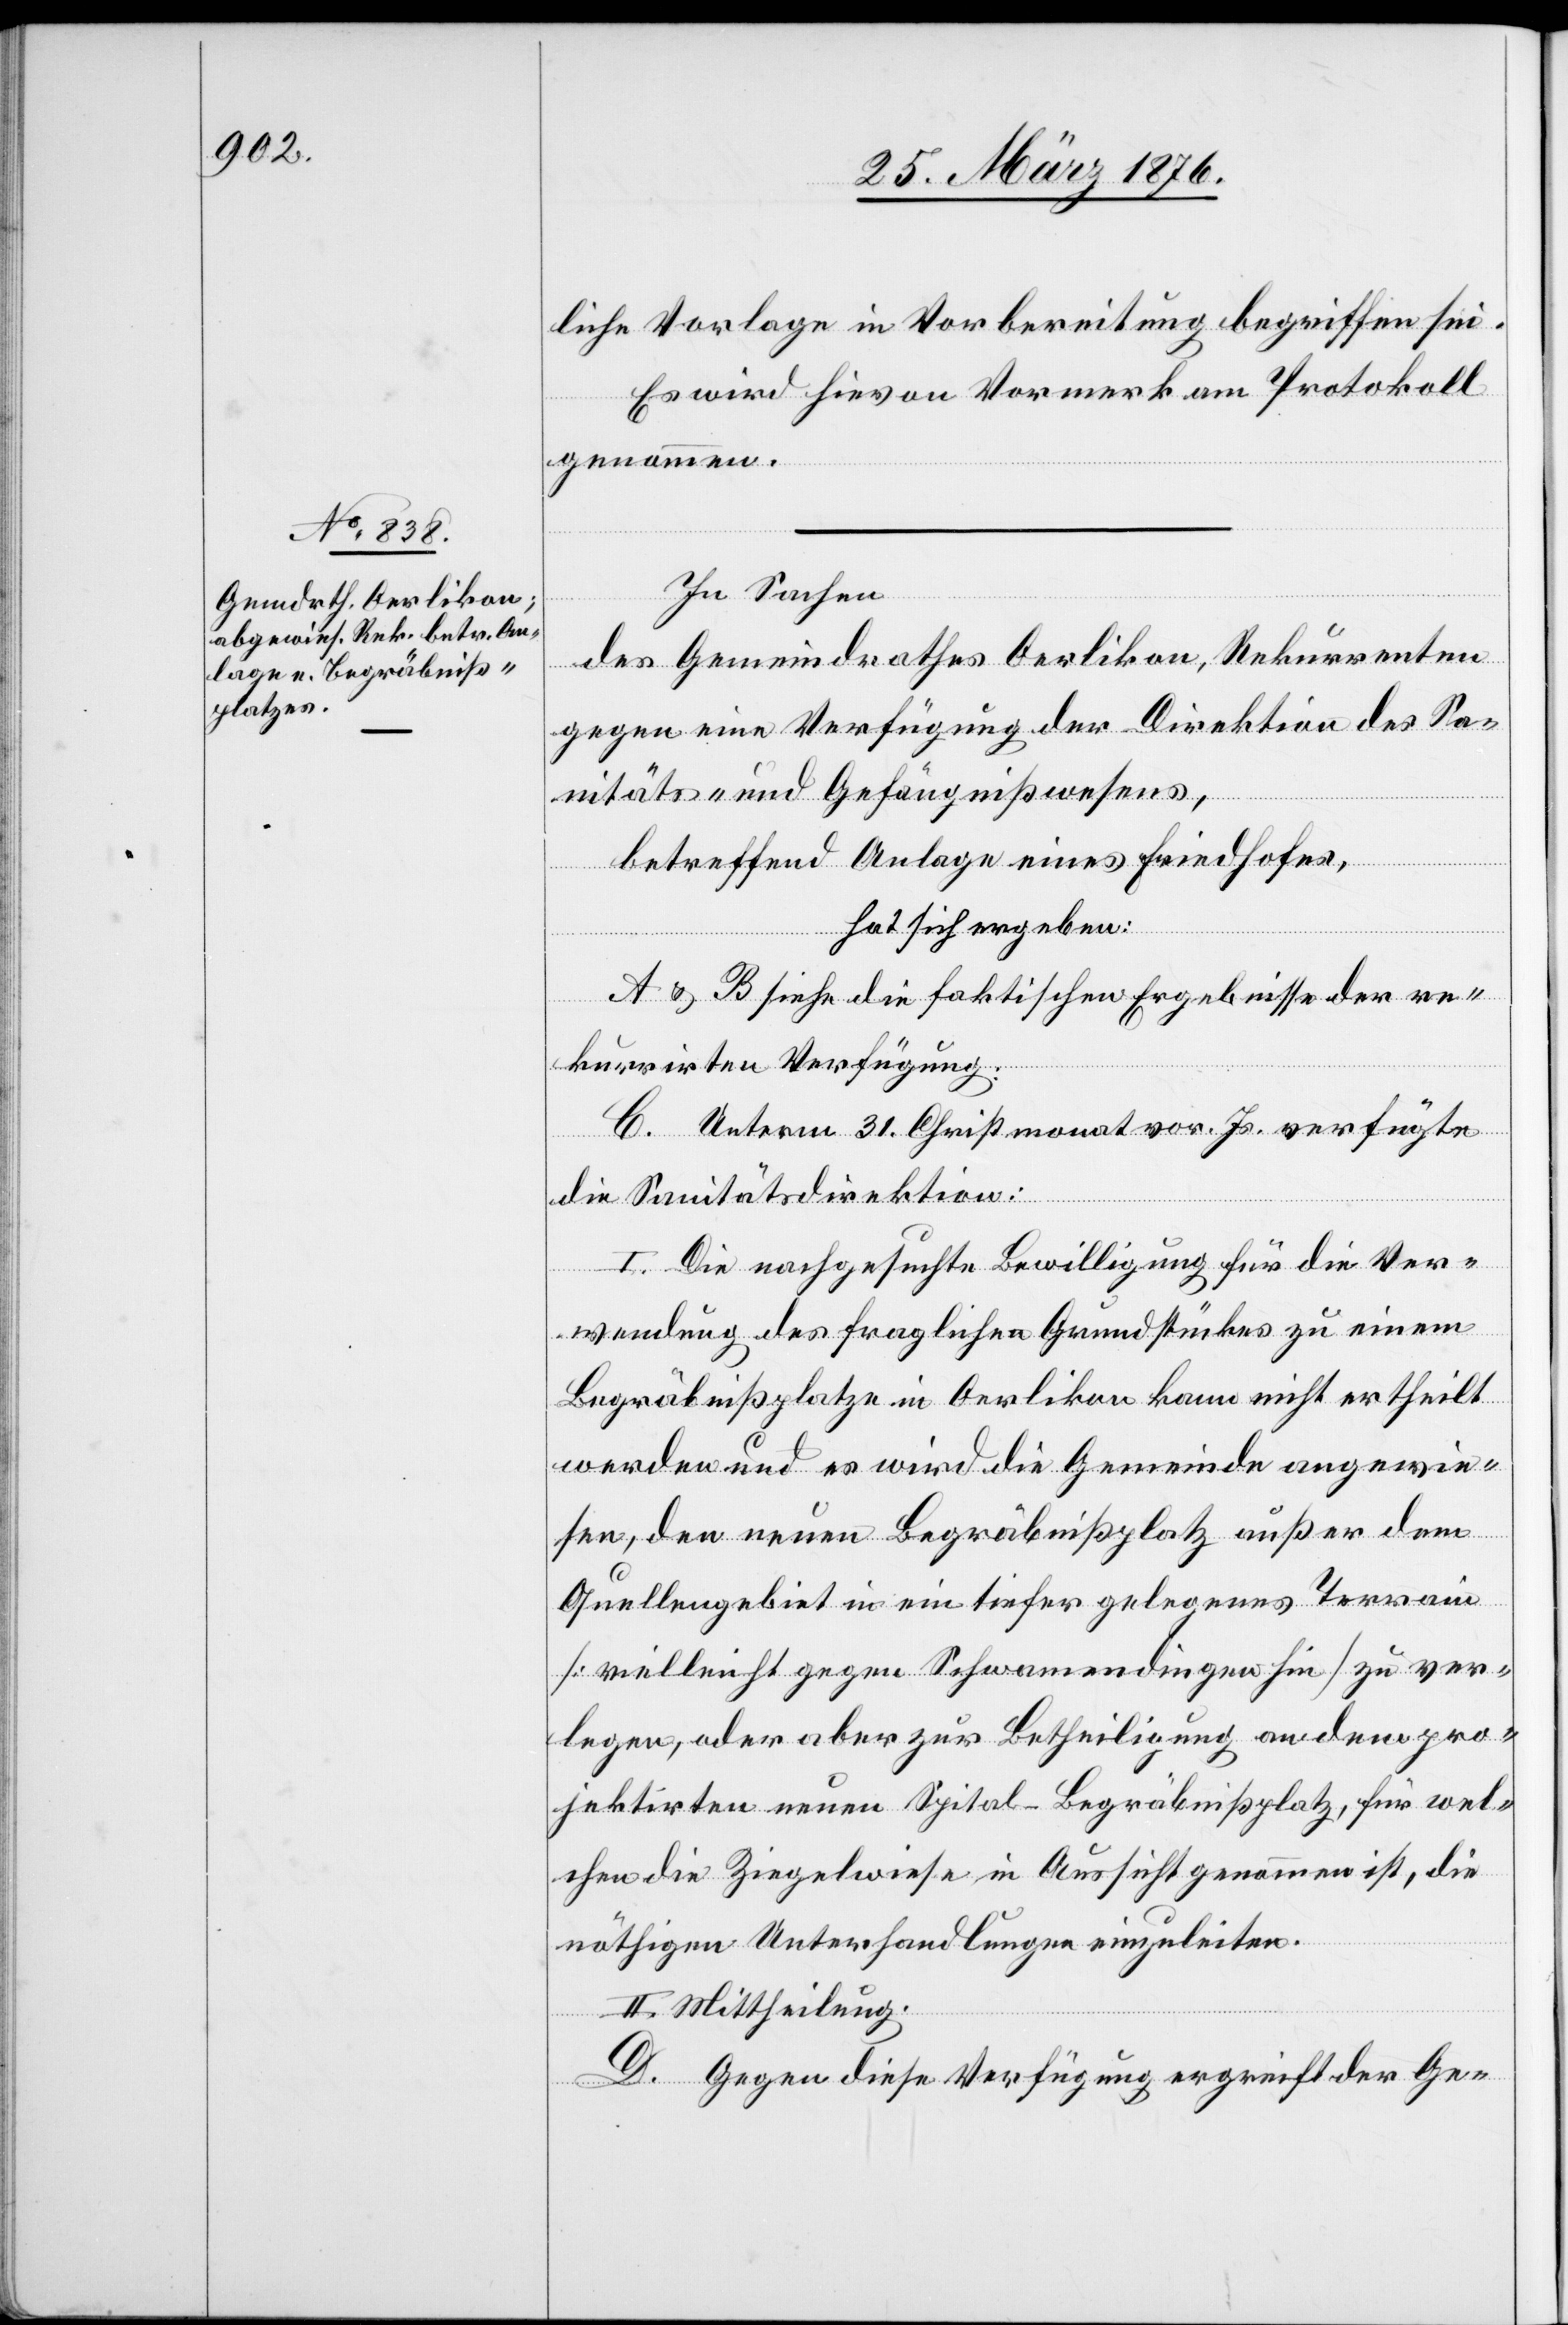
liche Vorlage in Vorbereitung begriffen sei.
Es wird hievon Vormerk am Protokoll
genommen.
In Sachen
des Gemeindrathes Oerlikon, Rekurrenten
gegen eine Verfügung der Direktion des Sa¬
nitäts- und Gefängnißwesens,
betreffend Anlage eines Friedhofes,
hat sich ergeben:
A & B siehe die faktischen Ergebnisse der re¬
kurrirten Verfügung.
C. Unterm 31. Christmonat vor. Js. verfügte
die Sanitätsdirektion:
I. Die nachgesuchte Bewilligung für die Ver¬
wendung des fraglichen Grundstückes zu einem
Begräbnißplatze in Oerlikon kann nicht ertheilt
werden und es wird die Gemeinde angewie¬
sen, den neuen Begräbnißplatz außer dem
Quellengebiet in ein tiefer gelegenes Terrain
[vielleicht gegen Schwamendingen hin] zu ver¬
legen, oder aber zur Betheiligung an dem pro¬
jektirten neuen Spital-Begräbnißplatz, für wel¬
che die Ziegelwiese in Aussicht genommen ist, die
nöthigen Unterhandlungen einzuleiten.
II. Mittheilung.
D. Gegen diese Verfügung ergreift der Ge-